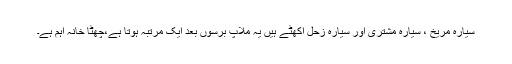
سیارہ مریخ ، سیارہ مشتری اور سیارہ زحل اکھٹے ہیں یہ ملاپ برسوں بعد ایک مرتبہ ہوتا ہے،چھٹا خانہ اہم ہے۔